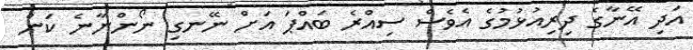
އަދި އޭނާގެ ދިރިއުޅުމުގެ އެވެސް ސިއްރެ ބައްޕަ އަށް ނޭނގި ނޯންނާނެ ކަން